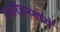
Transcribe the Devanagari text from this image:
मनोरंजनमध्ये